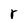
Character: r